Mental hospitals Bombay report 1929-33 - 1929-1933
Year: 1929
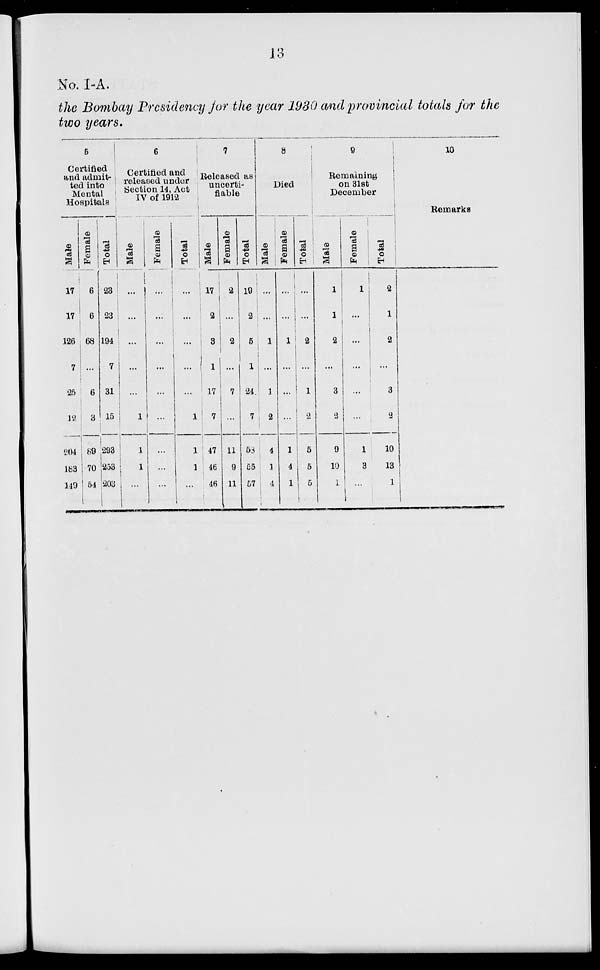
13
No. I-A.
the Bombay Presidency for the year 1930 and provincial totals for the
two years.
5
Certified
and admit- :
ted into
Mental
Hospitals
Male
17
17
126
7
25
12
204
183
149
Female
6
6
68
...
6
3
89
70
54
Total
23
23
194
7
31
15
293
253
203
6
Certified and
released under
Section 14, Act
IV of 1912
Male
...
...
...
...
...
1
1
1
...
Female
...
...
...
...
...
...
...
...
...
Total
...
...
...
...
...
1
1
1
7
Released as
uncerti-
fiable
Male
17
2
3
1
17
7
47
46
46
Female
2
...
2
...
7
...
11
9
11
Total
19
2
5
1
24
7
58
55
57
8
Died
Male
...
...
1
...
1
2
4
1
4
Female
...
...
1
...
...
...
1
4
1
Total
...
...
2
...
1
2
5
5
5
9
Remaining
on 31st
December
Male
1
1
2
...
3
2
9
10
1
Female
1
...
...
...
...
...
1
3
...
Total
2
1
2
...
3
2
10
13
1
10
Remarks